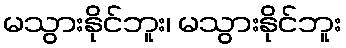
မသွားနိုင်ဘူး၊ မသွားနိုင်ဘူး